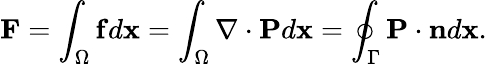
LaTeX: \mathbf{F}=\int_{\Omega}\mathbf{f}d\mathbf{x}=\int_{\Omega}\nabla\cdot\mathbf{P}d\mathbf{x}=\oint_{\Gamma}\mathbf{P}\cdot\mathbf{n}d\mathbf{x}.